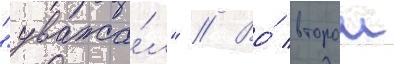
"уважа́л" // Во́ второи